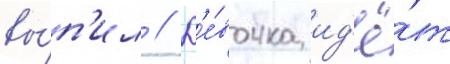
вы́п'ил // Д'е́вочка ид'ё́т